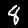
Digit: 8